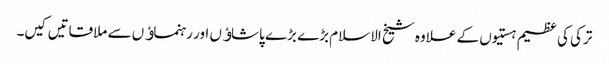
ترکی کی عظیم ہستیوں کے علاوہ شیخ الاسلام بڑے بڑے پاشاﺅں اور رہنماﺅں سے ملاقاتیں کیں۔